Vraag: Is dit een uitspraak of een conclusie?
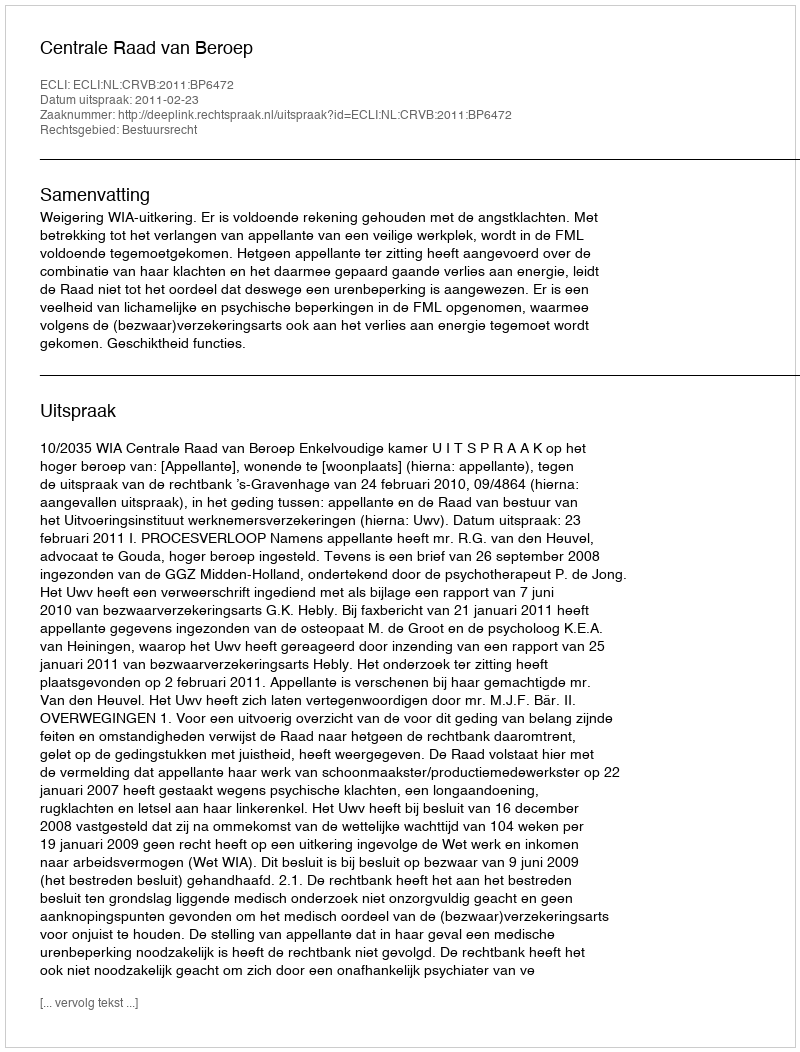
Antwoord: Uitspraak